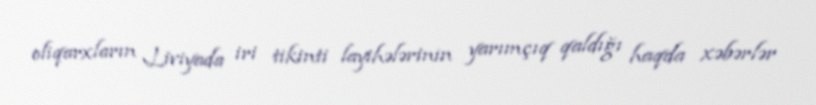
oliqarxların Liviyada iri tikinti layihələrinin yarımçıq qaldığı haqda xəbərlər